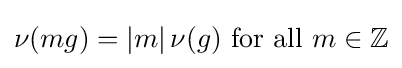
\nu (mg)=|m|\,\nu (g){\text{ for all }}m\in \mathbb {Z}